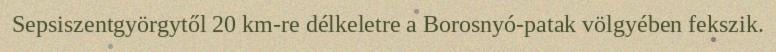
Sepsiszentgyörgytől 20 km-re délkeletre a Borosnyó-patak völgyében fekszik.